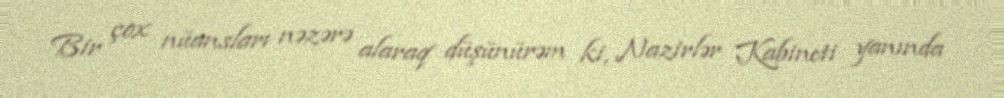
Bir çox nüansları nəzərə alaraq düşünürəm ki, Nazirlər Kabineti yanında